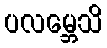
ပလမ္ဘေသိ